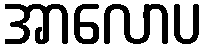
အာလောပ